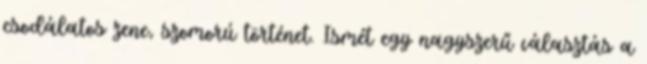
csodálatos zene, szomorú történet. Ismét egy nagyszerű választás a